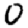
Digit: 0